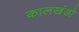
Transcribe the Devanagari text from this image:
कालखंडो